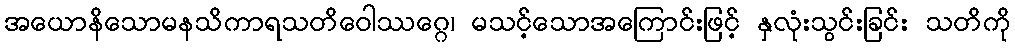
အယောနိသောမနသိကာရသတိဝေါဿဂ္ဂေ၊ မသင့်သောအကြောင်းဖြင့် နှလုံးသွင်းခြင်း သတိကို